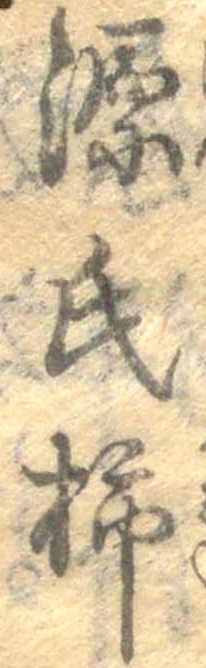
源氏柿